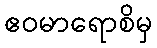
ဧဝမာရောစိမှ